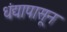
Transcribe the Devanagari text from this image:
धंद्यापासून